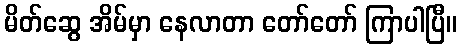
မိတ်ဆွေ အိမ်မှာ နေလာတာ တော်တော် ကြာပါပြီ။